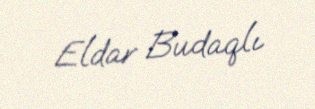
Eldar Budaqlı